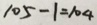
1 0 5 - 1 = 1 0 4